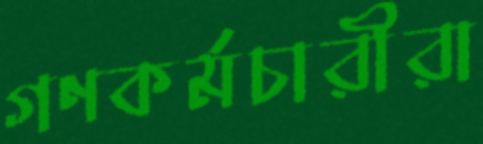
গণকর্মচারীরা